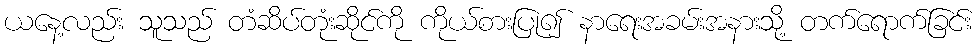
ယနေ့လည်း သူသည် တံဆိပ်တုံးဆိုင်ကို ကိုယ်စားပြု၍ နာရေးအခမ်းအနားသို့ တက်ရောက်ခြင်း